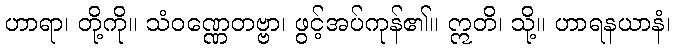
ဟာရာ၊ တို့ကို။ သံဝဏ္ဏေတဗ္ဗာ၊ ဖွင့်အပ်ကုန်၏။ ဣတိ၊ သို့။ ဟာရနယာနံ၊